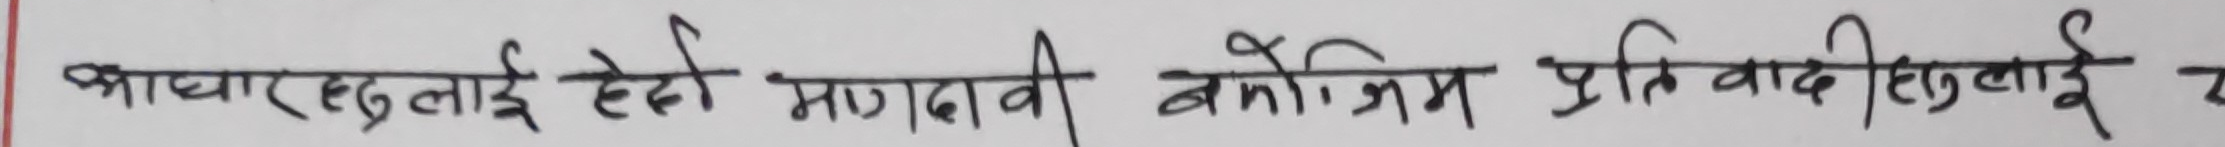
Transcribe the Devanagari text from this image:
भ्रष्टाचारलाई हेप्न मगदानी बनोजिम प्रतिवादीलाई च